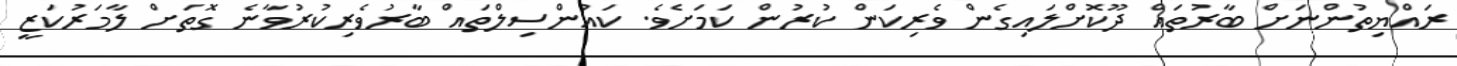
ރައްޔިތުންނަށް ބާރުތައް ދޫކޮށްލައިގެން ވެރިކަން ކުރުން ކަމަށެވެ. ކައުންސިލްތައް ބާރުވެރިކުރުވާނެ ގޮތަށް ލާމަރުކަޒީ